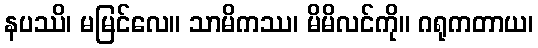
နပဿိ၊ မမြင်လေ။ သာမိကဿ၊ မိမိလင်ကို။ ဂရုကတာယ၊